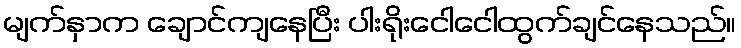
မျက်နှာက ချောင်ကျနေပြီး ပါးရိုးငေါငေါထွက်ချင်နေသည်။